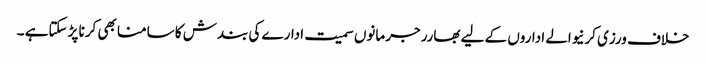
خلاف ورزی کرنیوالے اداروں کے لیے بھارر جرمانوں سمیت ادارے کی بندش کا سامنا بھی کرنا پڑ سکتاہے ۔